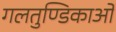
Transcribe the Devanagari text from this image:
गलतुण्डिकाओं